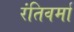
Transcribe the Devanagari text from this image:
रंतिवर्मा